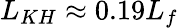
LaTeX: L_{KH}\approx 0.19L_{f}